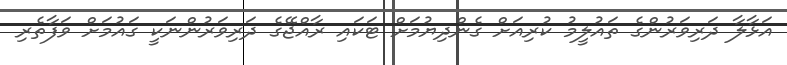
އަޅާލާ ދަރިވަރުންގެ ތައުލީމު ކުރިއަށް ގެންދިޔުމަށް ޓަކައި ރާއްޖޭގެ ދަރިވަރުންނަކީ ގައުމަށް ވަފާތެރި